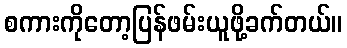
စကားကိုတော့ပြန်ဖမ်းယူဖို့ခက်တယ်။